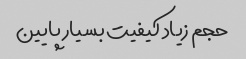
حجم زیاد کیفیت بسیار پایین